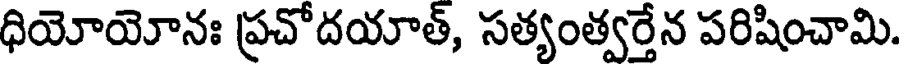
ధియోయోనః ప్రచోదయాత్, సత్యంత్వర్తేన పరిషించామి.